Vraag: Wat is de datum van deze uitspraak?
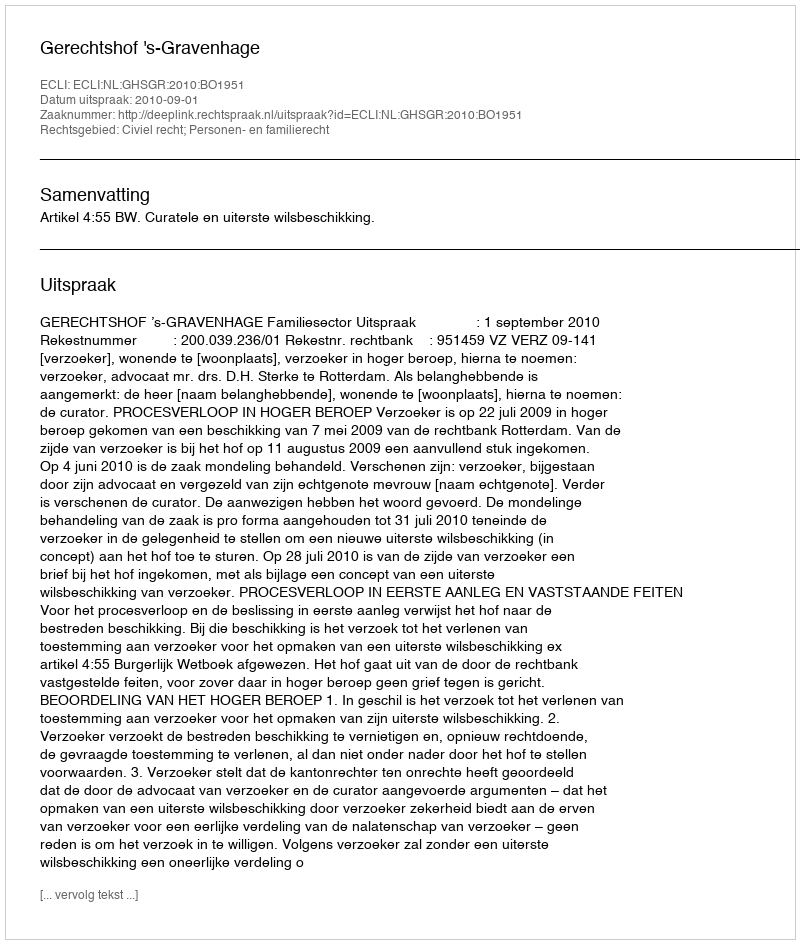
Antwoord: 2010-09-01